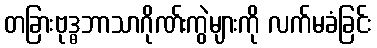
တခြားဗုဒ္ဓဘာသာဂိုဏ်းကွဲများကို လက်မခံခြင်း